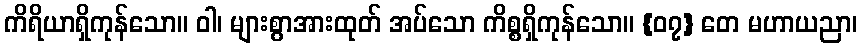
ကိရိယာရှိကုန်သော။ ဝါ၊ များစွာအားထုတ် အပ်သော ကိစ္စရှိကုန်သော။ {၀၇} တေ မဟာယညာ၊